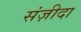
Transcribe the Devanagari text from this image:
संज़ीदा